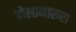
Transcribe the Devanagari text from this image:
ढोलामारुरा